Problem: 4 × 5 = ?
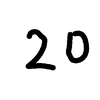
Handwritten answer: 20